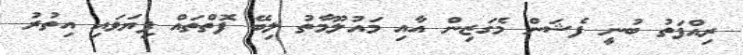
ރިއްފަތު ބުނީ ފެޝަން މެގަޒިން އާއި މައުލޫމާތު ލިބޭ ފޮތްތައް ފިޔަވައި އިތުރު